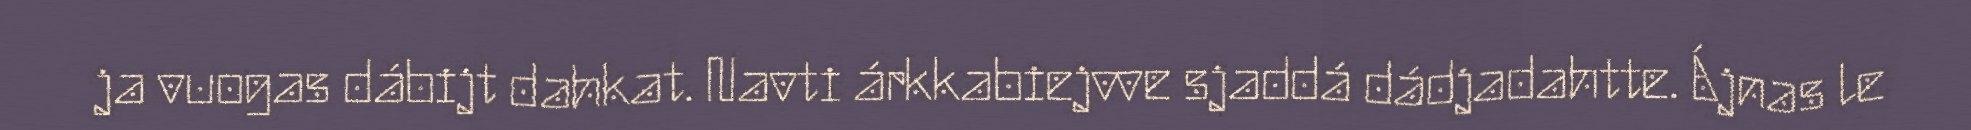
ja vuogas dábijt dahkat. Navti árkkabiejvve sjaddá dádjadahtte. Ájnas le